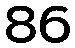
86